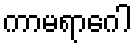
ကာမရာဂေါ